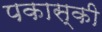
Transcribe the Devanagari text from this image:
पकास्की